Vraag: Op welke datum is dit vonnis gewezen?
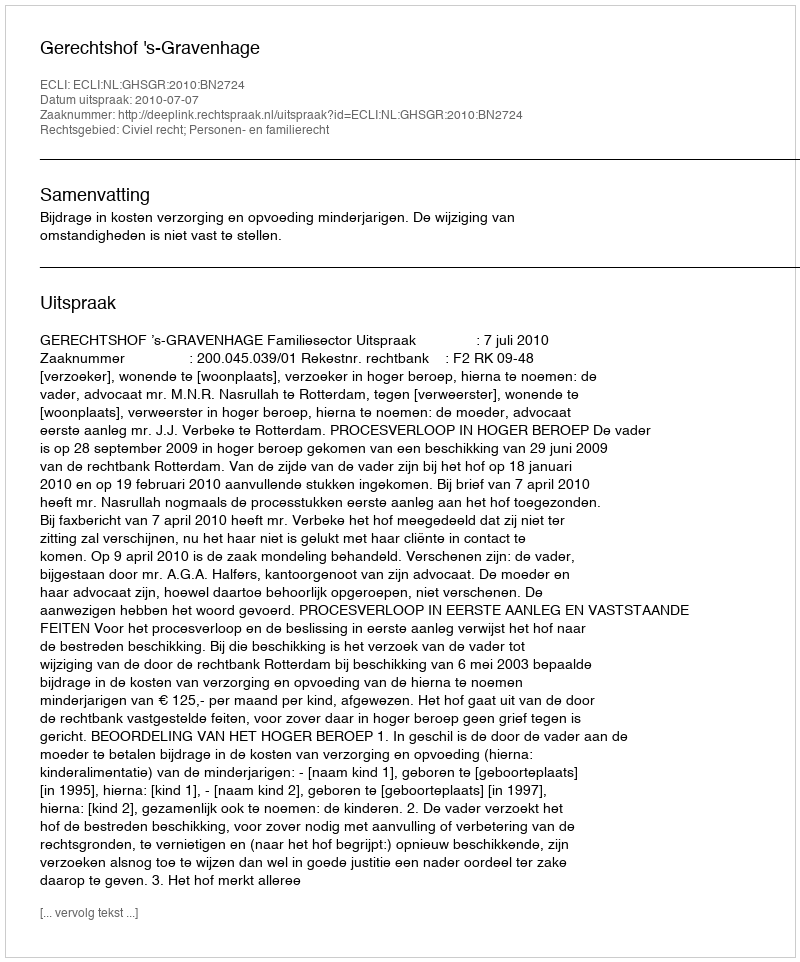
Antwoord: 2010-07-07